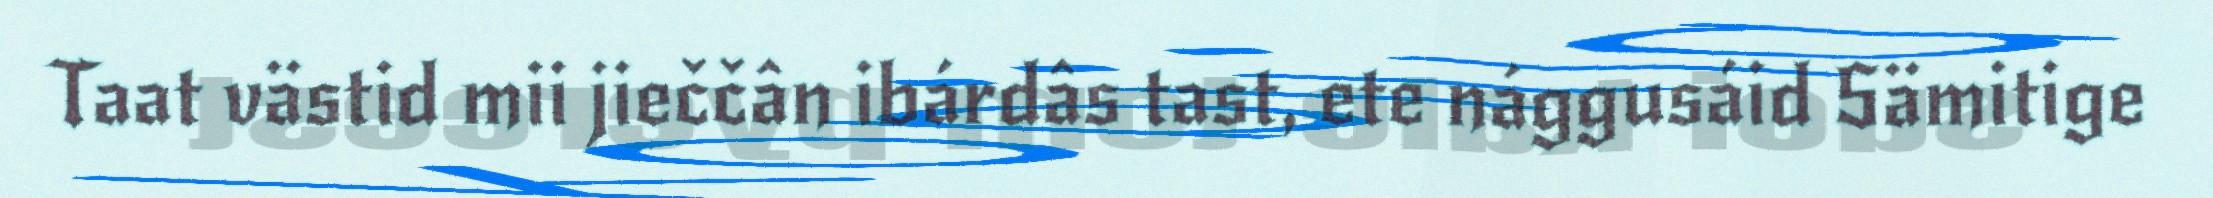
Taat västid mii jieččân ibárdâs tast, ete nággusáid Sämitige